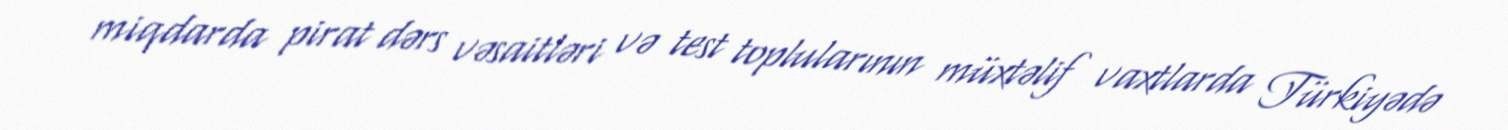
miqdarda pirat dərs vəsaitləri və test toplularının müxtəlif vaxtlarda Türkiyədə